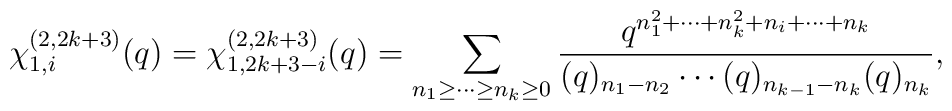
\chi^{(2, 2k+3)}_{1,i}(q) =\chi^{(2, 2k+3)}_{1,2k+3-i}(q)=\displaystyle\sum_{n_1 \geq \cdots \geq n_{k} \geq 0}\frac{q^{n_1^2 +\cdots + n_{k}^2 +n_i +\cdots +n_{k}}}     {(q)_{n_1 -n_2 } \cdots (q)_{n_{k-1}-n_{k}} (q)_{n_{k}}},